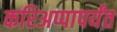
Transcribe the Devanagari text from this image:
करिअप्पापर्यंत